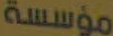
مؤسسة